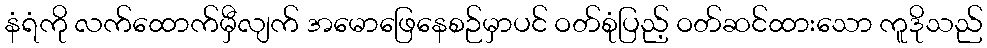
နံရံကို လက်ထောက်မှီလျက် အမောဖြေနေစဉ်မှာပင် ဝတ်စုံပြည့် ဝတ်ဆင်ထားသော ကူဒိုသည်